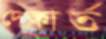
দেকার্ত